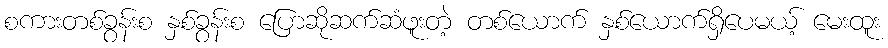
စကားတစ်ခွန်းစ နှစ်ခွန်းစ ပြောဆိုဆက်ဆံဖူးတဲ့ တစ်ယောက် နှစ်ယောက်ရှိပေမယ့် မေးထူး